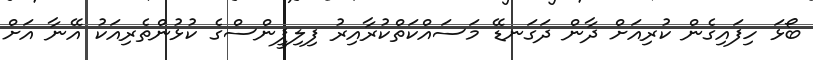
ބޯޅަ ހިފައިގެން ކުރިއަށް ދާން ދަގަނޑޭ މަސައްކަތްކުރާއިރު ފިލިޕީންސްގެ ކުޅުންތެރިއަކު އޭނާ އަށް